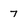
Character: 7